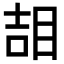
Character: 𥆅